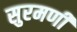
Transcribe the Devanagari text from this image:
सुरमणी